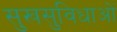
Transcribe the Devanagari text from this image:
सुखसुविधाओं